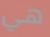
هي